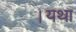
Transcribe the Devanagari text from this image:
।यथा